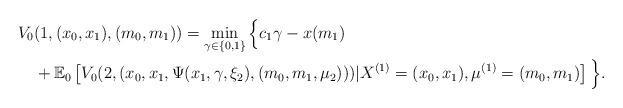
LaTeX: \begin{align*}V_0 &(1,(x_0,x_1),(m_0,m_1)) = \min_{\gamma \in \{0,1\}} \Big\{ c_1 \gamma -x (m_1) \\& + \mathbb{E}_0 \left[ V_0(2, (x_0,x_1,\Psi(x_1,\gamma,\xi_2),(m_0,m_1,\mu_2))) | X^{(1)}=(x_0,x_1), \mu^{(1)}= (m_0,m_1)\right]\Big\}.\end{align*}